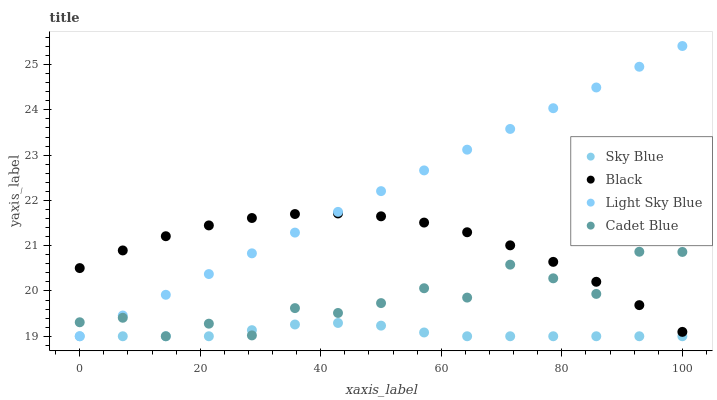
| xaxis_label | Sky Blue | Black | Light Sky Blue | Cadet Blue |
 | --- | --- | --- | --- | --- |
 | 0 | 19 | 20.5 | 19 | 19.3 |
 | 7.14 | 19 | 20.9 | 19.5 | 19.4 |
 | 14.3 | 19 | 21.2 | 19.9 | 19 |
 | 21.4 | 19 | 21.4 | 20.4 | 19.3 |
 | 28.6 | 19.1 | 21.6 | 20.8 | 19 |
 | 35.7 | 19.3 | 21.7 | 21.3 | 19.6 |
 | 42.9 | 19.3 | 21.7 | 21.7 | 19.5 |
 | 50 | 19.2 | 21.6 | 22.2 | 19.7 |
 | 57.1 | 19.1 | 21.5 | 22.7 | 20.1 |
 | 64.3 | 19 | 21.3 | 23.1 | 19.9 |
 | 71.4 | 19 | 21 | 23.6 | 20.6 |
 | 78.6 | 19 | 20.6 | 24 | 20.3 |
 | 85.7 | 19 | 20.2 | 24.5 | 19.9 |
 | 92.9 | 19 | 19.7 | 25 | 20.9 |
 | 100 | 19 | 19.1 | 25.4 | 20.9 |